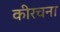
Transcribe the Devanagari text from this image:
कीरचना